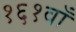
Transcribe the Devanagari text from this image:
१६१वाँ